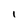
Character: l